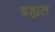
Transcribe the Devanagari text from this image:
बह्यत